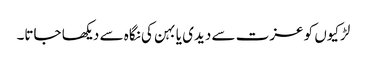
لڑکیوں کو عزت سے دیدی یا بہن کی نگاہ سے دیکھا جاتا۔